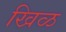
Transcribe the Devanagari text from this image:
खिळ